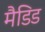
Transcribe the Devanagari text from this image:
मैडिड